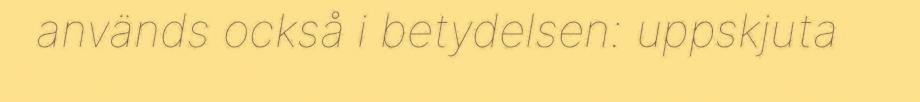
används också i betydelsen: uppskjuta